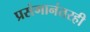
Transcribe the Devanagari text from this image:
प्रसंगानंतरही